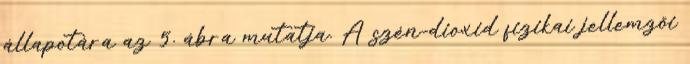
állapotára az 5. ábra mutatja. A szén-dioxid fizikai jellemzõi